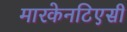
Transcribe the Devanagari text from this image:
मारकेनटिएसी